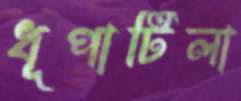
ধূপাটিলা